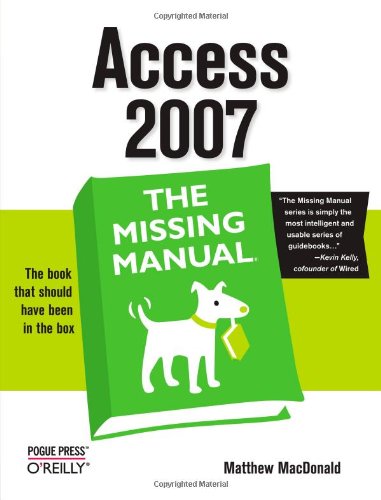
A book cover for Access 2007: The Missing Manual; Matthew MacDonald; Computers & Technology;